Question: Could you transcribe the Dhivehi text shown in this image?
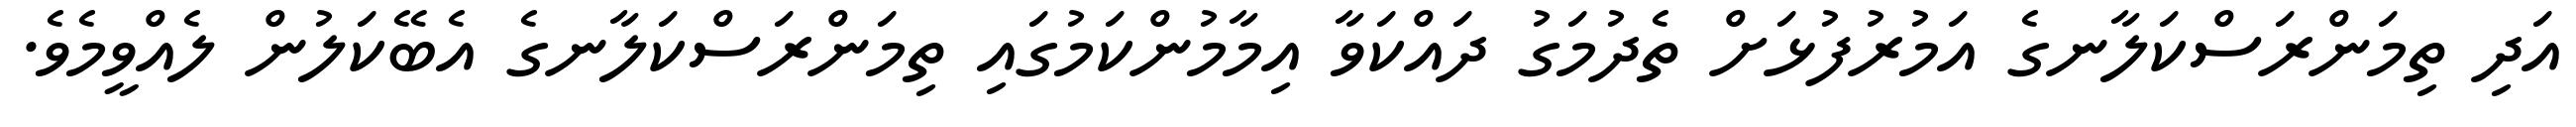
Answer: އަދި ތިމަންރަސްކަލާނގެ އަމުރުފުޅަށް ތެދުމަގު ދައްކަވާ އިމާމުންކަމުގައި ތިމަންރަސްކަލާނގެ އެބޭކަލުން ލެއްވީމެވެ.